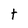
Character: t